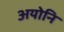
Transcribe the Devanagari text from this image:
अयोनि